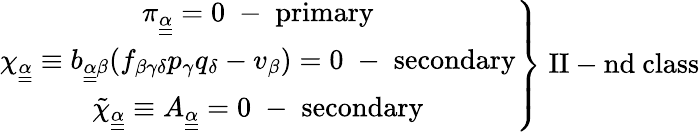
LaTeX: \left.\begin{array}{ccl}{{\pi_{\underline{{{\underline{{{\alpha}}}}}}}=0\; -\; \mathrm{primary}}}\\ {{\chi_{\underline{{{\underline{{{\alpha}}}}}}}\equiv b_{\underline{{{\underline{{{\alpha}}}}}}\beta}(f_{\beta\gamma\delta}p_{\gamma}q_{\delta}-v_{\beta})=0\; -\; \mathrm{secondary}}}\\ {{\tilde{\chi}_{\underline{{{\underline{{{\alpha}}}}}}}\equiv A_{\underline{{{\underline{{{\alpha}}}}}}}=0\; -\; \mathrm{secondary}}}\end{array}\right\} \; \mathrm{II-nd~class}